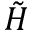
\tilde { H }